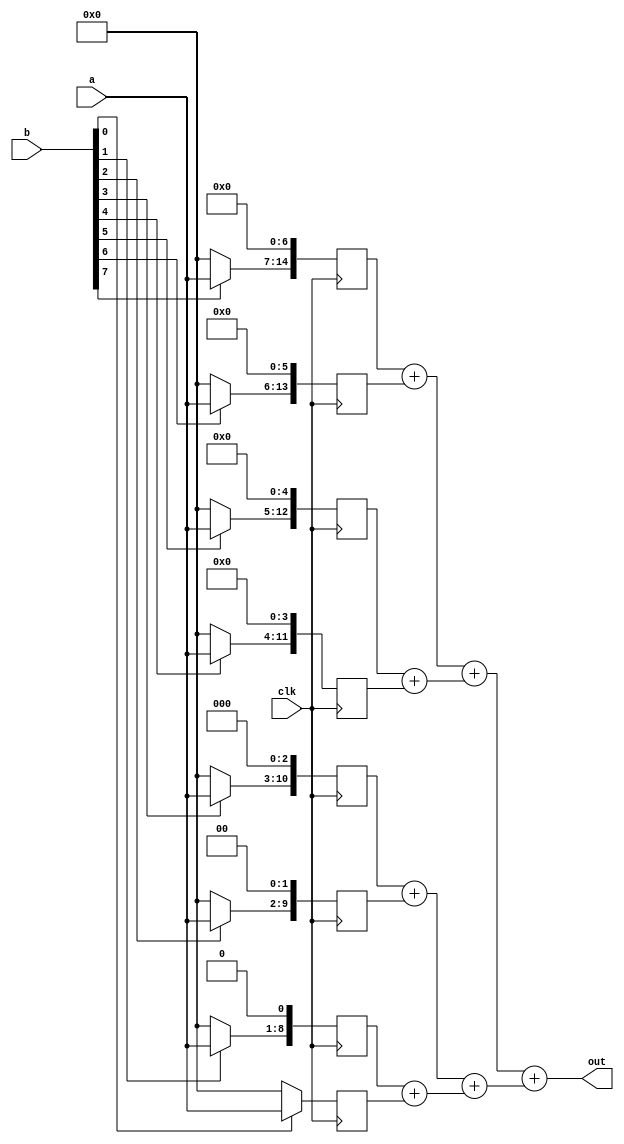
module add_tree(out,a,b,clk);
output[15:0] out;
input[7:0] a,b;
input clk;
wire[15:0] out;
wire[14:0] out1,c1;
wire[12:0] out2;
wire[10:0] out3,c2;
wire[8:0] out4;
reg[14:0] temp0;
reg[13:0] temp1;
reg[12:0] temp2;
reg[11:0] temp3;
reg[10:0] temp4;
reg[9:0] temp5;
reg[8:0] temp6;
reg[7:0] temp7;
function[7:0] mult8x1; //81 
input[7:0] operand;
input sel;
begin
mult8x1= (sel) ? (operand) : 8'b00000000;
end
endfunction
always @(posedge clk) //b a 
begin
temp7<=mult8x1(a,b[0]);
temp6<=((mult8x1(a,b[1]))<<1);
temp5<=((mult8x1(a,b[2]))<<2);
temp4<=((mult8x1(a,b[3]))<<3);
temp3<=((mult8x1(a,b[4]))<<4);
temp2<=((mult8x1(a,b[5]))<<5);
temp1<=((mult8x1(a,b[6]))<<6);
temp0<=((mult8x1(a,b[7]))<<7);
end
assign out1 = temp0 + temp1; //
assign out2 = temp2 + temp3;
assign out3 = temp4 + temp5;
assign out4 = temp6 + temp7;
assign c1 = out1 + out2;
assign c2 = out3 + out4;
assign out = c1 + c2;
endmodule